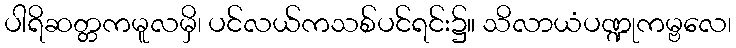
ပါရိဆတ္တကမူလမှိ၊ ပင်လယ်ကသစ်ပင်ရင်း၌။ သိလာယံပဏ္ဍုကမ္ဗလေ၊